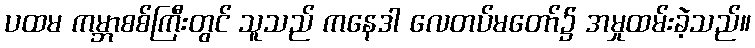
ပထမ ကမ္ဘာစစ်ကြီးတွင် သူသည် ကနေဒါ လေတပ်မတော်၌ အမှုထမ်းခဲ့သည်။